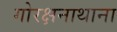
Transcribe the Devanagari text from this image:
गोरक्षनाथाना